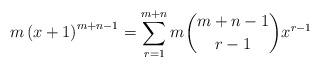
LaTeX: \begin{align*} m \left( x+1 \right)^{m+n-1} = \sum_{r=1}^{m+n}{m{m+n-1 \choose r-1}}x^{r-1} \end{align*}